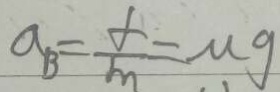
a _ { B } = \frac { f } { m } = \mu g